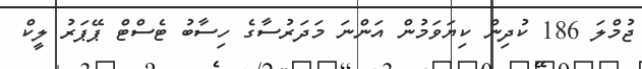
ޖުމްލަ 186 ކުދިން ކިޔަވަމުން އަންނަ މަދަރުސާގެ ހިސާބު ޓެސްޓް ޕޭޕަރު ލީކް